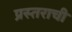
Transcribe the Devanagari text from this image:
प्रस्तराची